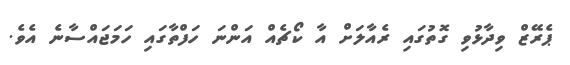
ޕެރޭޒް ވިދާޅުވި ގޮތުގައި ރެއާލަށް އާ ކޯޗެއް އަންނަ ހަފްތާގައި ހަމަޖައްސާނެ އެވެ.